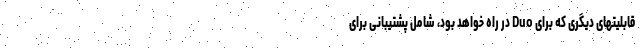
قابلیتهای دیگری که برای Duo در راه خواهد بود، شامل پشتیبانی برای